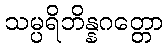
သမ္ပရိဘိန္နဂတ္တော